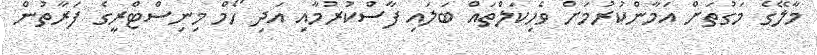
މާލޭގެ މަގުތަށް އަމާންކުރުމަށް ވެހިކަލްތައް ބަލައި ފާސްކުރުމާއި އަދި ހޯމް މިނިސްޓްރީގެ ފަރާތުން